Annual administration report of the Civil Veterinary Department of India - 1896-1897
Year: 1896
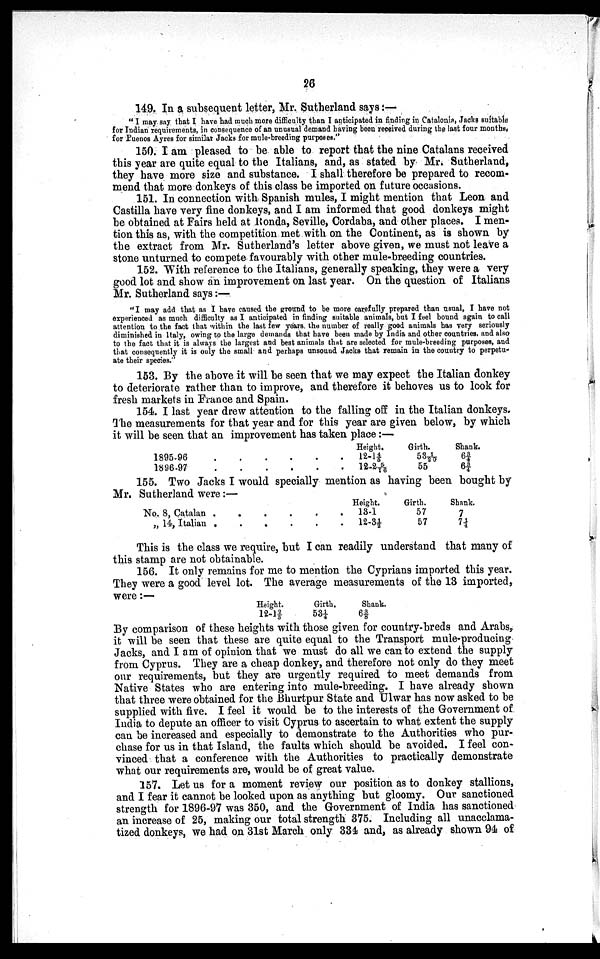
26
149. In a subsequent letter, Mr. Sutherland says:—
"I may say that I have had much more difficulty than I anticipated in finding in Catalonia, Jacks suitable
for Indian requirements, in consequence of an unusual demand having been received during the last four months,
for Puenos Ayres for similar Jacks for mule-breeding purposes."
150. I am pleased to be able to report that the nine Catalans received
this year are quite equal to the Italians, and, as stated by Mr. Sutherland,
they have more size and substance. I shall therefore be prepared to recom
mend that more donkeys of this class be imported on future occasions.
151. In connection with Spanish mules, I might mention that Leon and
Castilla have very fine donkeys, and I am informed that good donkeys might
be obtained at Fairs held at Ronda, Seville, Cordaba, and other places. I men
tion this as, with the competition met with on the Continent, as is shown by
the extract from Mr. Sutherland's letter above given, we must not leave a
stone unturned to compete favourably with other mule-breeding countries.
152. With reference to the Italians, generally speaking, they were a very
good lot and show an improvement on last year. On the question of Italians
Mr. Sutherland says:—
"I may add that as I have caused the ground to be more carefully prepared than usual, I have not
experienced as much difficulty as I anticipated in finding suitable animals, but I feel bound again to call
attention to the fact that within the last few years, the number of really good animals has very seriously
diminished in Italy, owing to the large demands that have been made by India and other countries, and also
to the fact that it is always the largest and best animals that are selected for mule-breeding purposes, and
that consequently it is only the small and perhaps unsound Jacks that remain in the country to perpetu
ate their species."
153. By the above it will be seen that we may expect the Italian donkey
to deteriorate rather than to improve, and therefore it behoves us to look for
fresh markets in France and Spain.
154. I last year drew attention to the falling off in the Italian donkeys.
The measurements for that year and for this year are given below, by which
it will be seen that an improvement has taken place:—
1895-96
1896-97
.
.
.
.
.
.
.
.
.
.
.
.
Height.
12-1 4/5
12-2 5/16
Girth.
53 1/20
55
Shank.
6¾
6¾
155. Two Jacks I would specially mention as having been bought by
Mr. Sutherland were:—
No. 8, Catalan
„ 14, Italian
.
.
.
.
.
.
.
.
.
.
.
.
Height.
13-1
12-3½
Girth.
57
57
Shank.
7
7¼
This is the class we require, but I can readily understand that many of
this stamp are not obtainable.
156. It only remains for me to mention the Cyprians imported this year.
They were a good level lot. The average measurements of the 13 imported,
were:—
Height.
12-12/3
Girth.
53¼
Shank.
6⅜
By comparison of these heights with those given for country-breds and Arabs,
it will be seen that these are quite equal to the Transport mule-producing
Jacks, and I am of opinion that we must do all we can to extend the supply
from Cyprus. They are a cheap donkey, and therefore not only do they meet
our requirements, but they are urgently required to meet demands from
Native States who are entering into mule-breeding. I have already shown
that three were obtained for the Bhurtpur State and Ulwar has now asked to be
supplied with five. I feel it would be to the interests of the Government of
India to depute an officer to visit Cyprus to ascertain to what extent the supply
can be increased and especially to demonstrate to the Authorities who pur
chase for us in that Island, the faults which should be avoided. I feel con
vinced that a conference with the Authorities to practically demonstrate
what our requirements are, would be of great value.
157. Let us for a moment review our position as to donkey stallions,
and I fear it cannot be looked upon as anything but gloomy. Our sanctioned
strength for 1896-97 was 350, and the Government of India has sanctioned
an increase of 25, making our total strength 375. Including all unacclama-
tized donkeys, we had on 31st March only 334 and, as already shown 94 of